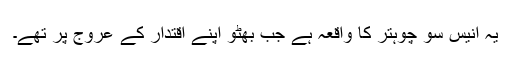
یہ انیس سو چوہتّر کا واقعہ ہے جب بھٹّو اپنے اقتدار کے عروج پر تھے۔